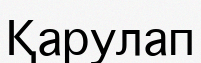
Қарулап